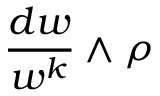
{ \frac { d w } { w ^ { k } } } \wedge \rho